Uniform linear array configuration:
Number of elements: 48
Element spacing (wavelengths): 1
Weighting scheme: hamming
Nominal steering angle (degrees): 30
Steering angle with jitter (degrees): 31.995
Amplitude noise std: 0.05
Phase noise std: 0.05

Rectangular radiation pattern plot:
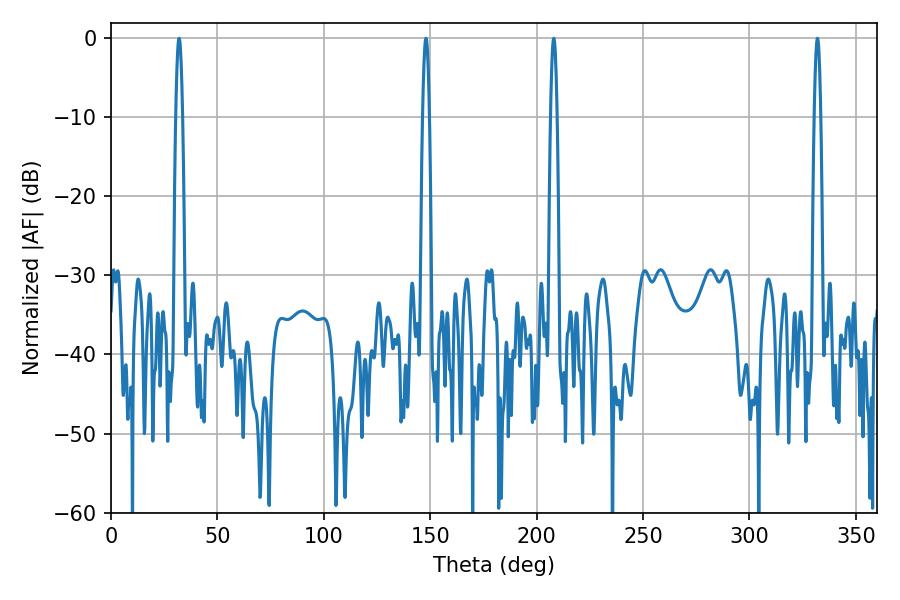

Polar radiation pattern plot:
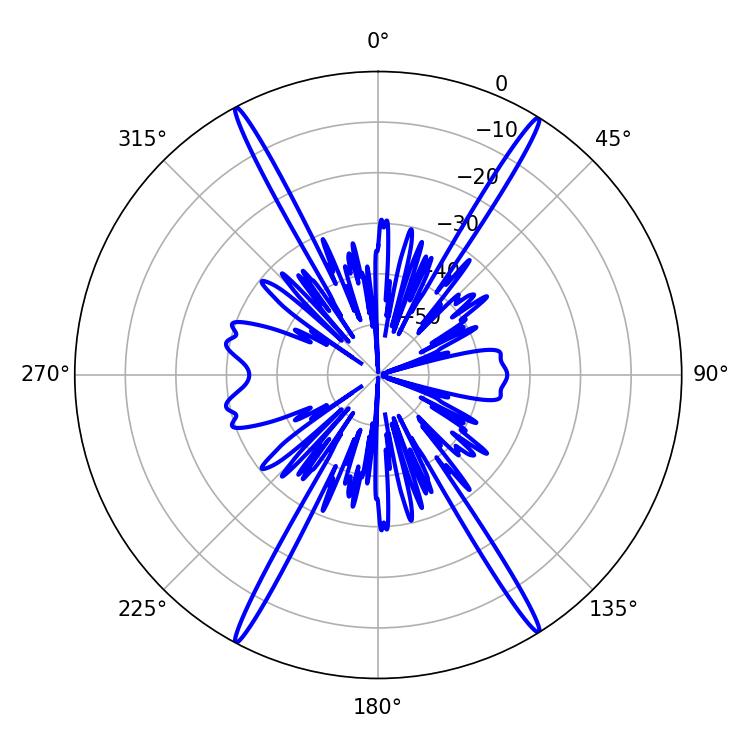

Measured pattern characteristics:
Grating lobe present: TRUE
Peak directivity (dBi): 26.193
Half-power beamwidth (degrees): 1.62
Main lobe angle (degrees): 331.92